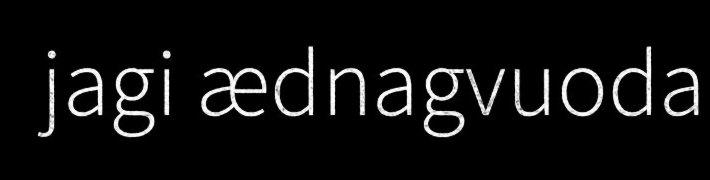
jagi ædnagvuoda